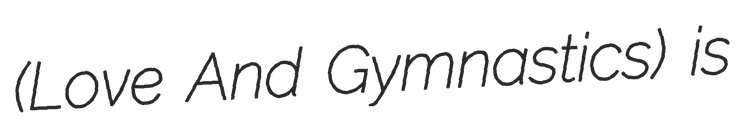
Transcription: (Love And Gymnastics) is